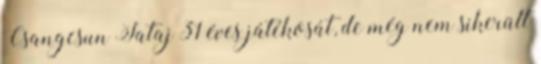
Csangcsun Jataj 31 éves játékosát, de még nem sikerült